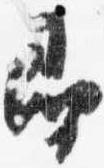
即